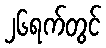
၂၆ရက်တွင်